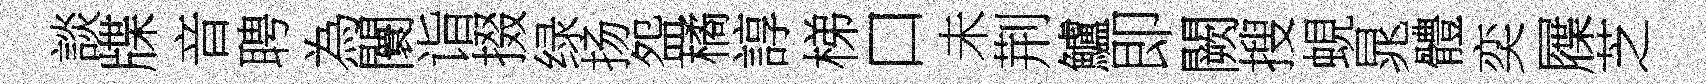
談牒音聘為闤诣掇绿扬盌橘諄梯口未荆鱸即闕搜蜆晁體奕屧芝